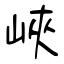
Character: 峽